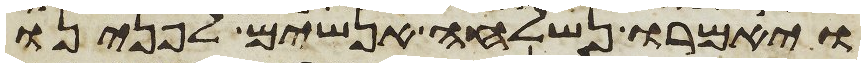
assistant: ויאמרו נשלחה אנשים לפנינו